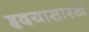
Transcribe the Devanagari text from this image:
हृदयासारखे